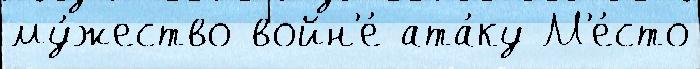
му́жество войн'е́ ата́ку М'е́сто